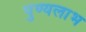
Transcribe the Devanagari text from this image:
पुण्यलाभ